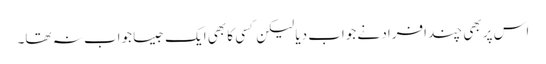
اس پر بھی چند افراد نے جواب دیا لیکن کسی کا بھی ایک جیسا جواب نہ تھا۔